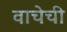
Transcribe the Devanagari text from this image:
वाचेची